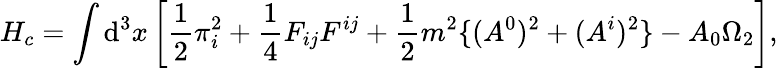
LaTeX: H_{c}=\int\mathrm{d}^{3}x\left[\frac{{1}}{{2}}\pi_{i}^{2}+\frac{{1}}{{4}}F_{ij}F^{ij}+\frac{{1}}{{2}}m^{2}\{ (A^{0})^{2}+(A^{i})^{2}\} -A_{0}\Omega_{2}\right],